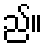
ည်။